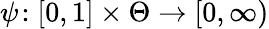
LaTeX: \psi\! :[0,1]\times\Theta\rightarrow[0,\infty)